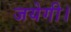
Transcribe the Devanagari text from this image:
जयेगी।